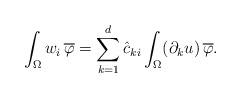
LaTeX: \begin{align*}\int_\Omega w_i \, \overline \varphi= \sum_{k=1}^d \hat c_{ki} \int_\Omega (\partial_k u) \, \overline \varphi. \end{align*}